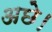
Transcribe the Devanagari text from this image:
अछे।